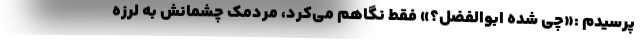
پرسیدم :«چی شده ابوالفضل؟» فقط نگاهم می‌کرد، مردمک چشمانش به لرزه